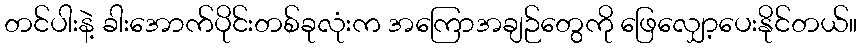
တင်ပါးနဲ့ ခါးအောက်ပိုင်းတစ်ခုလုံးက အကြောအချဉ်တွေကို ဖြေလျှော့ပေးနိုင်တယ်။